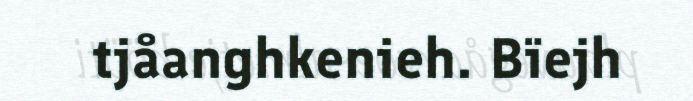
tjåanghkenieh. Bïejh